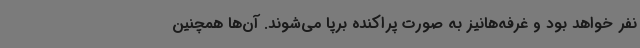
نفر خواهد بود و غرفه‌هانیز به صورت پراکنده برپا می‌شوند. آن‌ها همچنین